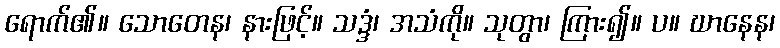
ရောက်၏။ သောတေန၊ နားဖြင့်။ သဒ္ဒံ၊ အသံကို။ သုတွာ၊ ကြား၍။ ပ။ ဃာနေန၊